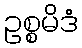
ဥစ္စမိဒံ